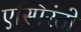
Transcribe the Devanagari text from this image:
एस्पिरंतो